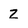
Character: z